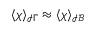
\langle \boldsymbol { \chi } \rangle _ { \mathcal { I } \Gamma } \approx \langle \boldsymbol { \chi } \rangle _ { \mathcal { I B } }